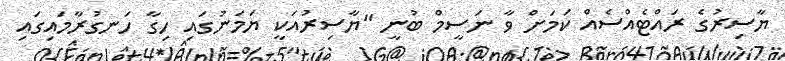
ޔާސިރުގެ ރައްޓެއްސެއް ކަމަށް ވާ ނަސީމް ބުނީ "ޔާސިރުއަކީ ޔަމަނުގައި ހިގާ ހަނގުރާމައިގައި